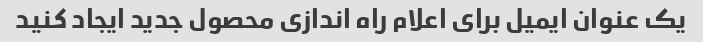
یک عنوان ایمیل برای اعلام راه اندازی محصول جدید ایجاد کنید